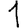
Digit: 1